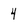
Character: 4